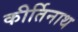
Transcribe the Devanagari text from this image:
कीर्तिनाथ